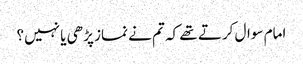
امام سوال کرتے تھے کہ تم نے نماز پڑھی یا نہیں؟